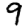
Digit: 9